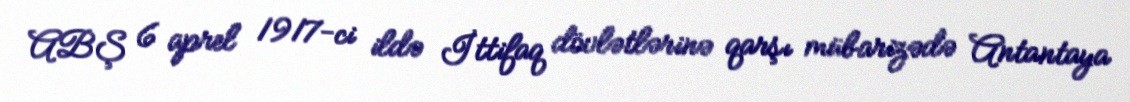
ABŞ 6 aprel 1917-ci ildə İttifaq dövlətlərinə qarşı mübarizədə Antantaya